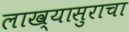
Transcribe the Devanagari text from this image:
लाख्यासुराचा